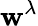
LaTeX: \mathbf{w}^{\lambda}